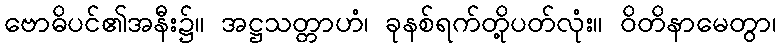
ဗောဓိပင်၏အနီး၌။ အဋ္ဌသတ္တာဟံ၊ ခုနစ်ရက်တို့ပတ်လုံး။ ဝိတိနာမေတွာ၊